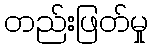
တည်းဖြတ်မှု